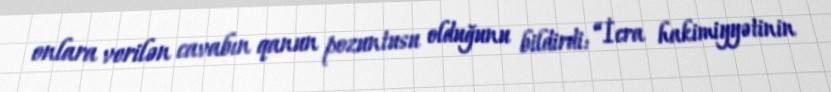
onlara verilən cavabın qanun pozuntusu olduğunu bildirdi: “İcra hakimiyyətinin